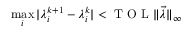
\operatorname* { m a x } _ { i } | \lambda _ { i } ^ { k + 1 } - \lambda _ { i } ^ { k } | < \mathrm { ~ T ~ O ~ L ~ } \| \vec { \lambda } \| _ { \infty }